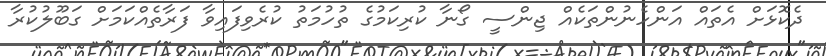
ދެކޮޅަށް އެތައް އަންހެނުންތަކެއް ޖިންސީ ގޯނާ ކުރިކަމުގެ ތުހުމަތު ކުރެވިފައިވާ ފަރާތެއްކަމަށް ގަބޫލުކުރާ